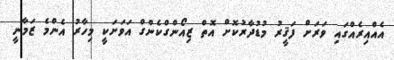
އެއްއިރެއްގައި ވަރަށް ފަޤީރު މުޑުދާރުކޮށް އޮތް ޒިއޯންގްކެންގް އަވަށަކީ މިހާރު އެންމެ ޒަމާނީ